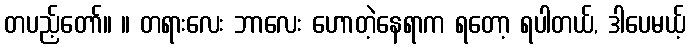
တပည့်တော်။ ။ တရားလေး ဘာလေး ဟောတဲ့နေရာက ရတော့ ရပါတယ်, ဒါပေမယ့်